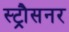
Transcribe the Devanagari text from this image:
स्ट्रौसनर